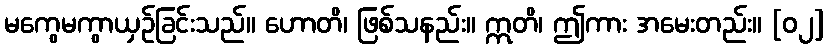
မကွေမကွာယှဉ်ခြင်းသည်။ ဟောတိ၊ ဖြစ်သနည်း။ ဣတိ၊ ဤကား အမေးတည်း။ [၀၂]